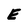
Character: E